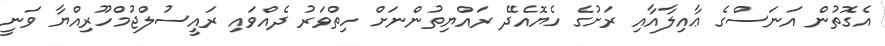
އެގޮތުން އަނަސްގެ ޢާއިލާއާއި ރަށުގެ ހެޔޮއެދޭ ރައްޔިތުންނަށް ހިތްވަރު ދެއްވައި ރައީސުލްޖުމްހޫރިއްޔާ ވަނީ